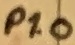
Text: P1.0